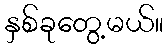
နှစ်ခုတွေ့မယ်။